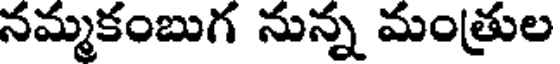
నమ్మకంబుగ నున్న మంత్రుల